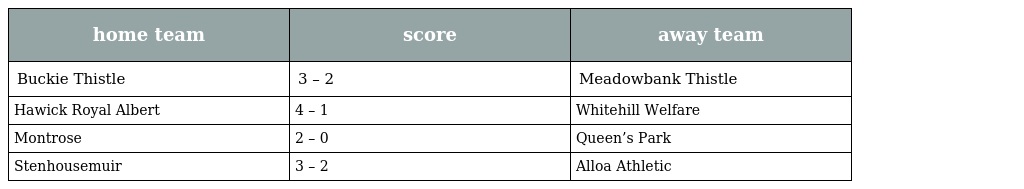
| home team | score | away team |
 | --- | --- | --- |
 | Buckie Thistle | 3 – 2 | Meadowbank Thistle |
 | Hawick Royal Albert | 4 – 1 | Whitehill Welfare |
 | Montrose | 2 – 0 | Queen’s Park |
 | Stenhousemuir | 3 – 2 | Alloa Athletic |